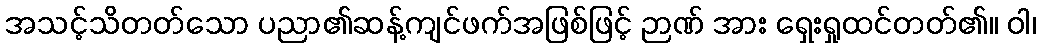
အသင့်သိတတ်သော ပညာ၏ဆန့်ကျင်ဖက်အဖြစ်ဖြင့် ဉာဏ် အား ရှေးရှုထင်တတ်၏။ ဝါ၊